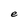
Character: e